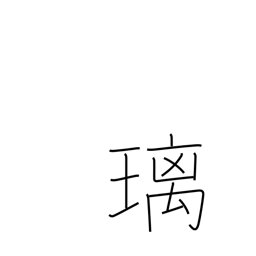
Meaning: lapis lazuli